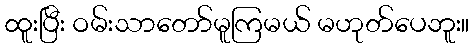
ထူးပြီး ဝမ်းသာတော်မူကြမယ် မဟုတ်ပေဘူး။